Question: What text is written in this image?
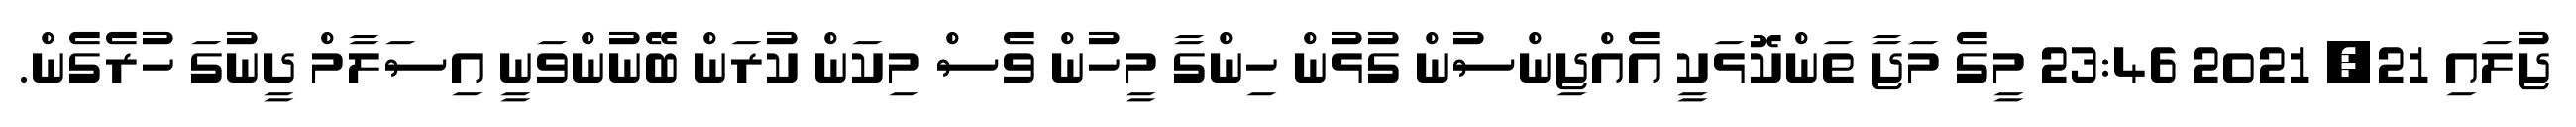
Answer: ޖުލައި 21, 2021 23:46 މީގެ މަޖާ ތަންކޮޅަކީ އެއްޖިންސުން ގުޅުން ހިންގާ މީހުން ވެސް މިކަން ކުރަން ބޭނުންވަނީ އިސަލާމް ދީނުގަ ހުރެގެން.